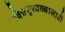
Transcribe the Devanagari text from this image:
वित्तपुरवठ्यासाठी